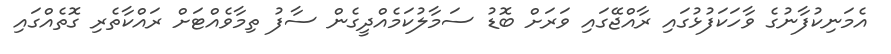
އެމަނިކުފާނުގެ ވާހަކަފުޅުގައި ރާއްޖޭގައި ވަރަށް ބޮޑު ސަމާލުކަމެއްދީގެން ސާފު ތިމާވެއްޓަށް ރައްކާތެރި ގޮތެއްގައި